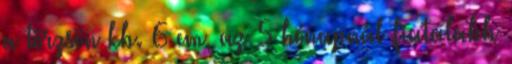
a törzsön kb. 6 cm, az 5 hónapnál fiatalabb